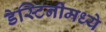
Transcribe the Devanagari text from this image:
डेस्टिनीमध्ये